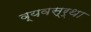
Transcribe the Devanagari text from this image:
व्यवस्र्था